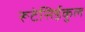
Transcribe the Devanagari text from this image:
रूटेसिईकुल